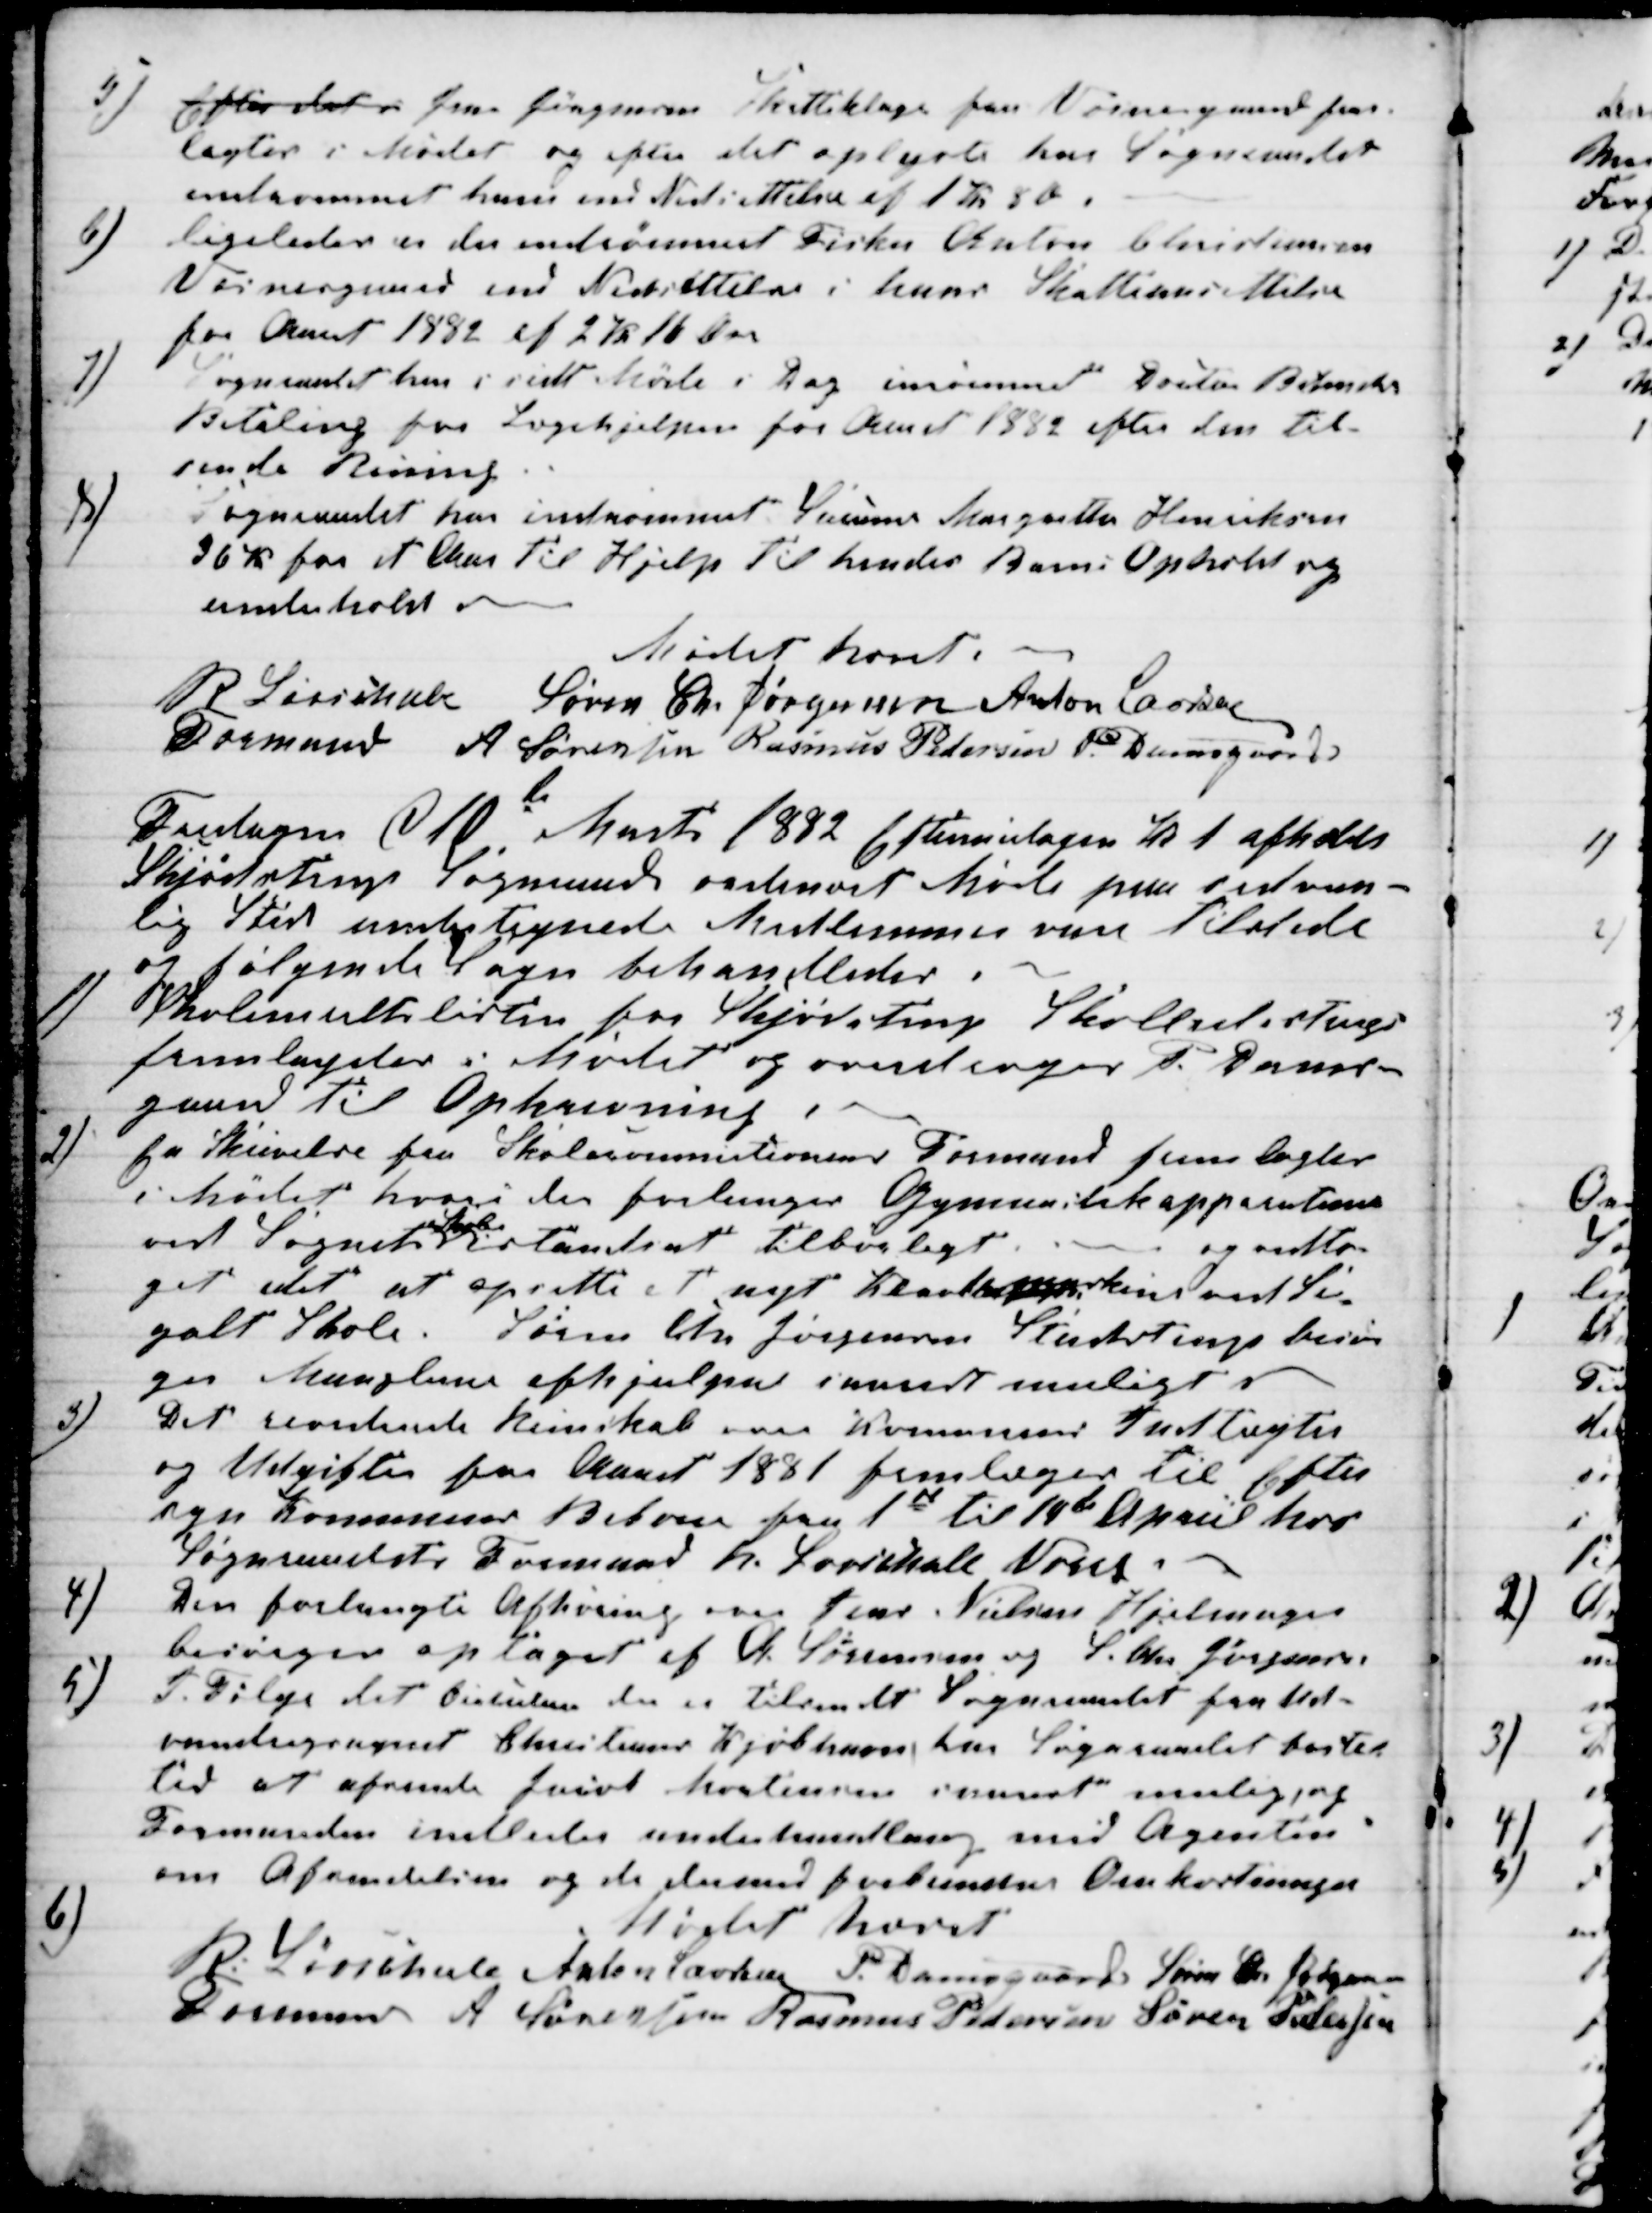
Transskription:
5) Efter det i Jens Jørgensens Skatteklage fra Vosnesgaard frem-
lagtes i Mødet og efter det oplyste har Sogneraadet
indrømmet ham end Nedsettelse af 1 K 8 Ø.
6)
ligeledes er der indrømmet Fisker Anton Christensen
Vosnesgaard end Nedsettelse i hans Skatteansettelse
for Aaret 1882 af 2 Kr 16 Øre
7)
Sogneraadet har i sit Møde i Dag inrømmet Doctor Behncke
Betaling for Lægehjelpen for Aaret 1882 efter den til-
sende Reining
8)
Sogneraadet har indrømmet Susanne Margrethe Henriksen
36 Kr for et Aar til Hjelp til hendes Barns Ophold og
underhold
Mødet hævet
R Løvschall
Formand 
Søren Chr Jørgensen Anton Laursen
A. Sørensen Rasmus Pedersen P. Damsgaard
Fredagen d 10 Marts 1882 Eftermidagen Kl 1 afholdt
Skjødstrup Sogneraad ordinært Møde paa sedvan-
lig Sted undertegnede Medlemmer vare tilstede
og følgende Sager behandledes.
1)
Skolemultslisten for Skjødstrup Skoledistrigt
fremlagdes i Mødet og overdroges P. Dams-
gaard til Opkrævning
2)
En Skrivelse fra Skolecommitionens Formand fremlagdes
i Mødet hvori der forlanges Gymnastikapparaterne
ved Sognets 
Skoler
istandsat tilbørligt
og vedto-
get det at oprette et nyt Klatremaskine ved Se-
galt Skole. Søren Chr Jørgensen Studstrup besør
ger Manglerne afhjulpne snarest muligt 
3)
Det reviderede Reinskab over Komunens Indtægter
og Udgifter for Aaret 1881 fremlæges til Efter
syn Komunens Beboere fra 1st til 14de April hos
Sogneraadets Formand R. Løvschall Vorre
4)
Den forlangte Afhøring over Jens Nielsen Hjelmager
besørges optaget af A. Sørensen og S. Chr Jørgensen
5)
I. Følge det Cirkulære der er tilsendt Sogneraadet fra Ud-
vandringsagent Christensen Kjøbhavn har Sognraadet bestilt
tid at afsende Jacob Mortensen snarest mulig, og
Formanden indleder underhandling med Agenten
om Afsendelsen og de dermed forbundne Omkostninger
6)
Mødet hævet
R. Løvschall 
Formand
Anton Laursen P. Damsgaard Søren Chr Jørgensen
A Sørensen Rasmus Pedersen Søren Pedersen